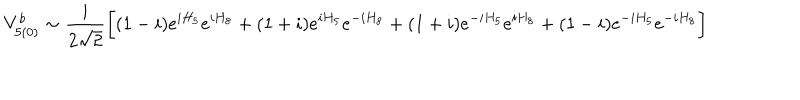
V _ { 5 ( 0 ) } ^ { b } \sim \frac { i } { 2 \sqrt { 2 } } \biggl [ ( 1 - i ) e ^ { i H _ { 5 } } e ^ { i H _ { 8 } } + ( 1 + i ) e ^ { i H _ { 5 } } e ^ { - i H _ { 8 } } + ( 1 + i ) e ^ { - i H _ { 5 } } e ^ { i H _ { 8 } } + ( 1 - i ) e ^ { - i H _ { 5 } } e ^ { - i H _ { 8 } } \biggr ]